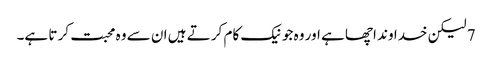
7 لیکن خدا وند اچھا ہے اور وہ جو نیک کام کر تے ہیں ان سے وہ محبت کر تا ہے۔